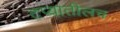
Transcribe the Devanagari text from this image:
टप्यातीलच